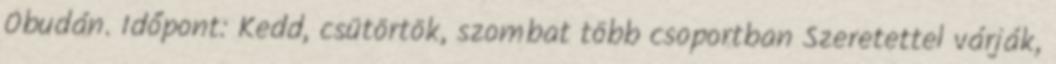
Óbudán. Időpont: Kedd, csütörtök, szombat több csoportban Szeretettel várják,